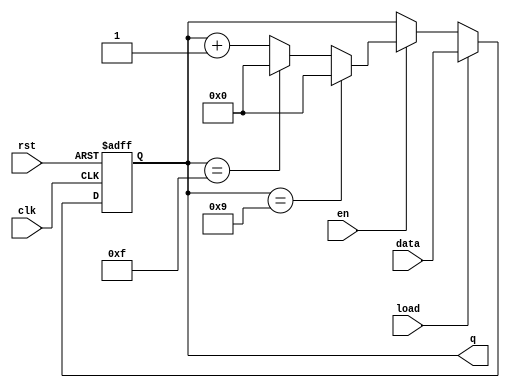
module sync_counter (
    input wire clk,       // Clock signal
    input wire rst,       // Asynchronous reset
    input wire en,        // Enable signal
    input wire load,      // Load signal
    input wire [3:0] data,// Data input for loading a specific value
    output reg [3:0] q    // Current count value
);
    
    // Parameter to define the maximum value for BCD
    parameter MAX_BINARY = 4'b1111; // 15 for a 4-bit binary counter
    parameter MAX_BCD = 4'b1001;     // 9 for BCD counter

    // Always block triggered by clock edge
    always @(posedge clk or posedge rst) begin
        if (rst) begin
            // Asynchronous reset
            q <= 4'b0000; // Reset count to zero
        end else if (load) begin
            // Load specific value into counter
            q <= data; // Load the value from data input
        end else if (en) begin
            // Enable counting only when en is asserted
            if (q == MAX_BCD) begin
                // Wrap around for BCD, reset to zero
                q <= 4'b0000;
            end else if (q == MAX_BINARY) begin
                // Wrap around for Binary, reset to zero
                q <= 4'b0000;
            end else begin
                // Increment the counter
                q <= q + 1'b1;
            end
        end
    end

endmodule